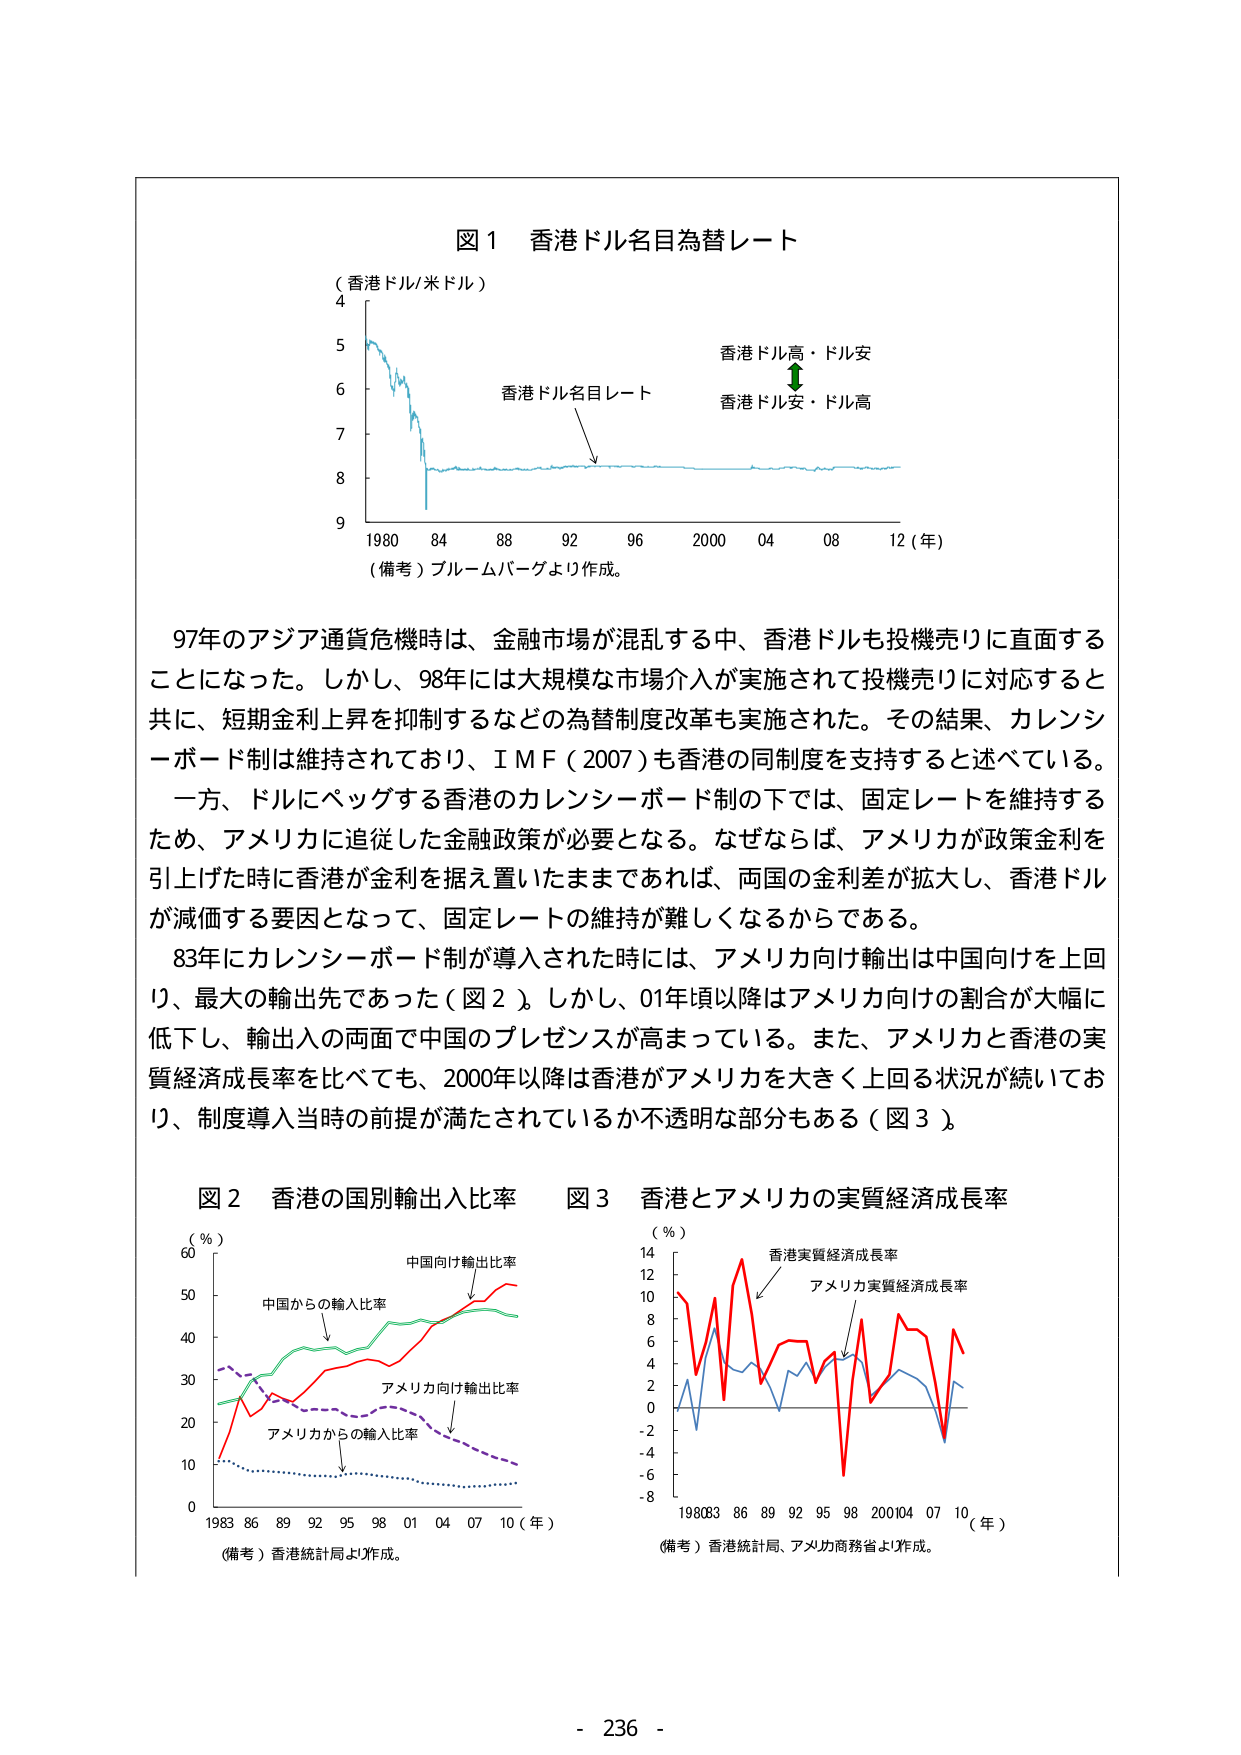
図１ 香港ドル名目為替レート
（香港ドル/米ドル）
4
5
6
7
8
9
1980 84 88 92 96 2000 04 08 12（年）
香港ドル高・ドル安
香港ドル安・ドル高
香港ドル名目レート
（備考）ブルームバーグより作成。

97年のアジア通貨危機時は、金融市場が混乱する中、香港ドルも投機売りに直面することになった。しかし、98年には大規模な市場介入が実施されて投機売りに対応すると共に、短期金利上昇を抑制するなどの為替制度改革も実施された。その結果、カレンシーボード制は維持されており、ＩＭＦ（2007）も香港の同制度を支持すると述べている。
一方、ドルにペッグする香港のカレンシーボード制の下では、固定レートを維持するため、アメリカに追随した金融政策が必要となる。なぜならば、アメリカが政策金利を引上げた時に香港が金利を据え置いたままであれば、両国の金利差が拡大し、香港ドルが減価する要因となって、固定レートの維持が難しくなるからである。
83年にカレンシーボード制が導入された時には、アメリカ向け輸出は中国向けを上回り、最大の輸出先であった（図２）。しかし、01年頃以降はアメリカ向けの割合が大幅に低下し、輸出入の両面で中国のプレゼンスが高まっている。また、アメリカと香港の実質経済成長率を比べても、2000年以降は香港がアメリカを大きく上回る状況が続いており、制度導入当時の前提が満たされているか不透明な部分もある（図３）。

図２ 香港の国別輸出入比率
（％）
60
50
40
30
20
10
0
1983 86 89 92 95 98 01 04 07 10（年）
中国向け輸出比率
中国からの輸入比率
アメリカ向け輸出比率
アメリカからの輸入比率
（備考）香港統計局より作成。

図３ 香港とアメリカの実質経済成長率
（％）
14
12
10
8
6
4
2
0
-2
-4
-6
-8
1980 83 86 89 92 95 98 2000 04 07 10（年）
香港実質経済成長率
アメリカ実質経済成長率
（備考）香港統計局、アメリカ商務省より作成。

- 236 -